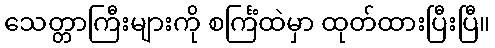
သေတ္တာကြီးများကို စင်္ကြံထဲမှာ ထုတ်ထားပြီးပြီ။